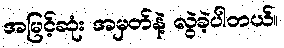
အမြင့်ဆုံး အမှတ်နဲ့ လွဲခဲ့ပါတယ်။